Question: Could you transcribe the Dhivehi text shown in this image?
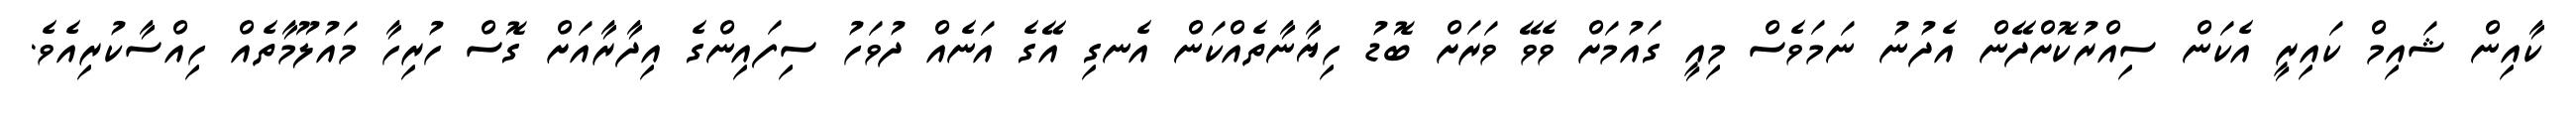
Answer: ކާއިން ޝައިމް ކައިރީ އެކަން ސިއްރުކޮށްދޭން އެދުނު ނަމަވެސް މިއީ ގައުމަށް ވެވޭ ވަރަށް ބޮޑު ހިޔާނާތެއްކަން އެނގި އޭގެ އަނެއް ދުވަހު ސިފައިންގެ އިދާރާއަށް ގޮސް ހުރިހާ މައުލޫމާތެއް ހިއްސާކުރިއެވެ.